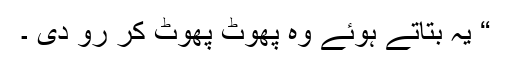
“ یہ بتاتے ہوئے وہ پھوٹ پھوٹ کر رو دی ۔